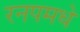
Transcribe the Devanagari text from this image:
रनपमधे